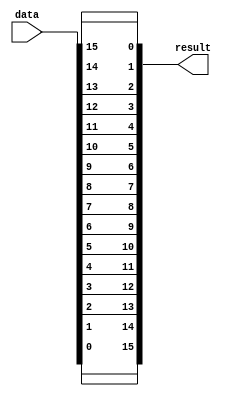
module BTR(data, result);
    input [15:0] data;
    output wire [15:0] result;

    assign result[0] = data[15];
    assign result[1] = data[14];
    assign result[2] = data[13];
    assign result[3] = data[12];
    assign result[4] = data[11];
    assign result[5] = data[10];
    assign result[6] = data[9];
    assign result[7] = data[8];
    assign result[8] = data[7];
    assign result[9] = data[6];
    assign result[10] = data[5];
    assign result[11] = data[4];
    assign result[12] = data[3];
    assign result[13] = data[2];
    assign result[14] = data[1];
    assign result[15] = data[0];
endmodule